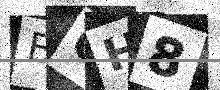
Text: BQH8